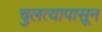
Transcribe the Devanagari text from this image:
चुलत्यापासून